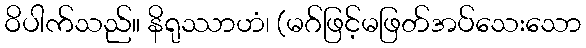
ဝိပါက်သည်။ နိရုဿာဟံ၊ (မဂ်ဖြင့်မဖြတ်အပ်သေးသော